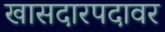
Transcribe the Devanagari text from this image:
खासदारपदावर